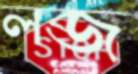
লব্‌জ